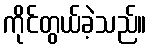
ကိုင်တွယ်ခဲ့သည်။